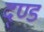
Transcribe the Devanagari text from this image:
द्ण्ड